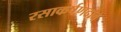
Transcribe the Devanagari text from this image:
रसाकर्षणदाब